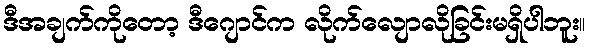
ဒီအချက်ကိုတော့ ဒီဂျောင်က လိုက်လျောလိုခြင်းမရှိပါဘူး။